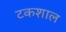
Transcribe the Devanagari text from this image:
टकशाल